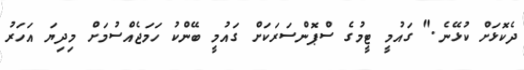
ދެކޮޅަށް ކުޅޭނެ." ގައުމީ ޓީމުގެ ސްޕޮންސަރަކަށް ގައުމީ ބޭންކު ހަމަޖެއްސުމަށް މިދިޔަ އަހަރު